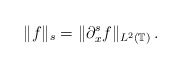
\begin{align*}\Vert f\Vert_{s}=\Vert\partial^s_x f\Vert_{L^2(\mathbb T)}\,.\end{align*}